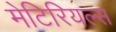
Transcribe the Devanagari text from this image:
मेटिरियल्स